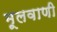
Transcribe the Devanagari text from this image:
मूलवाणी